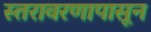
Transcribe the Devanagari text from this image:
स्तरावरणापासून